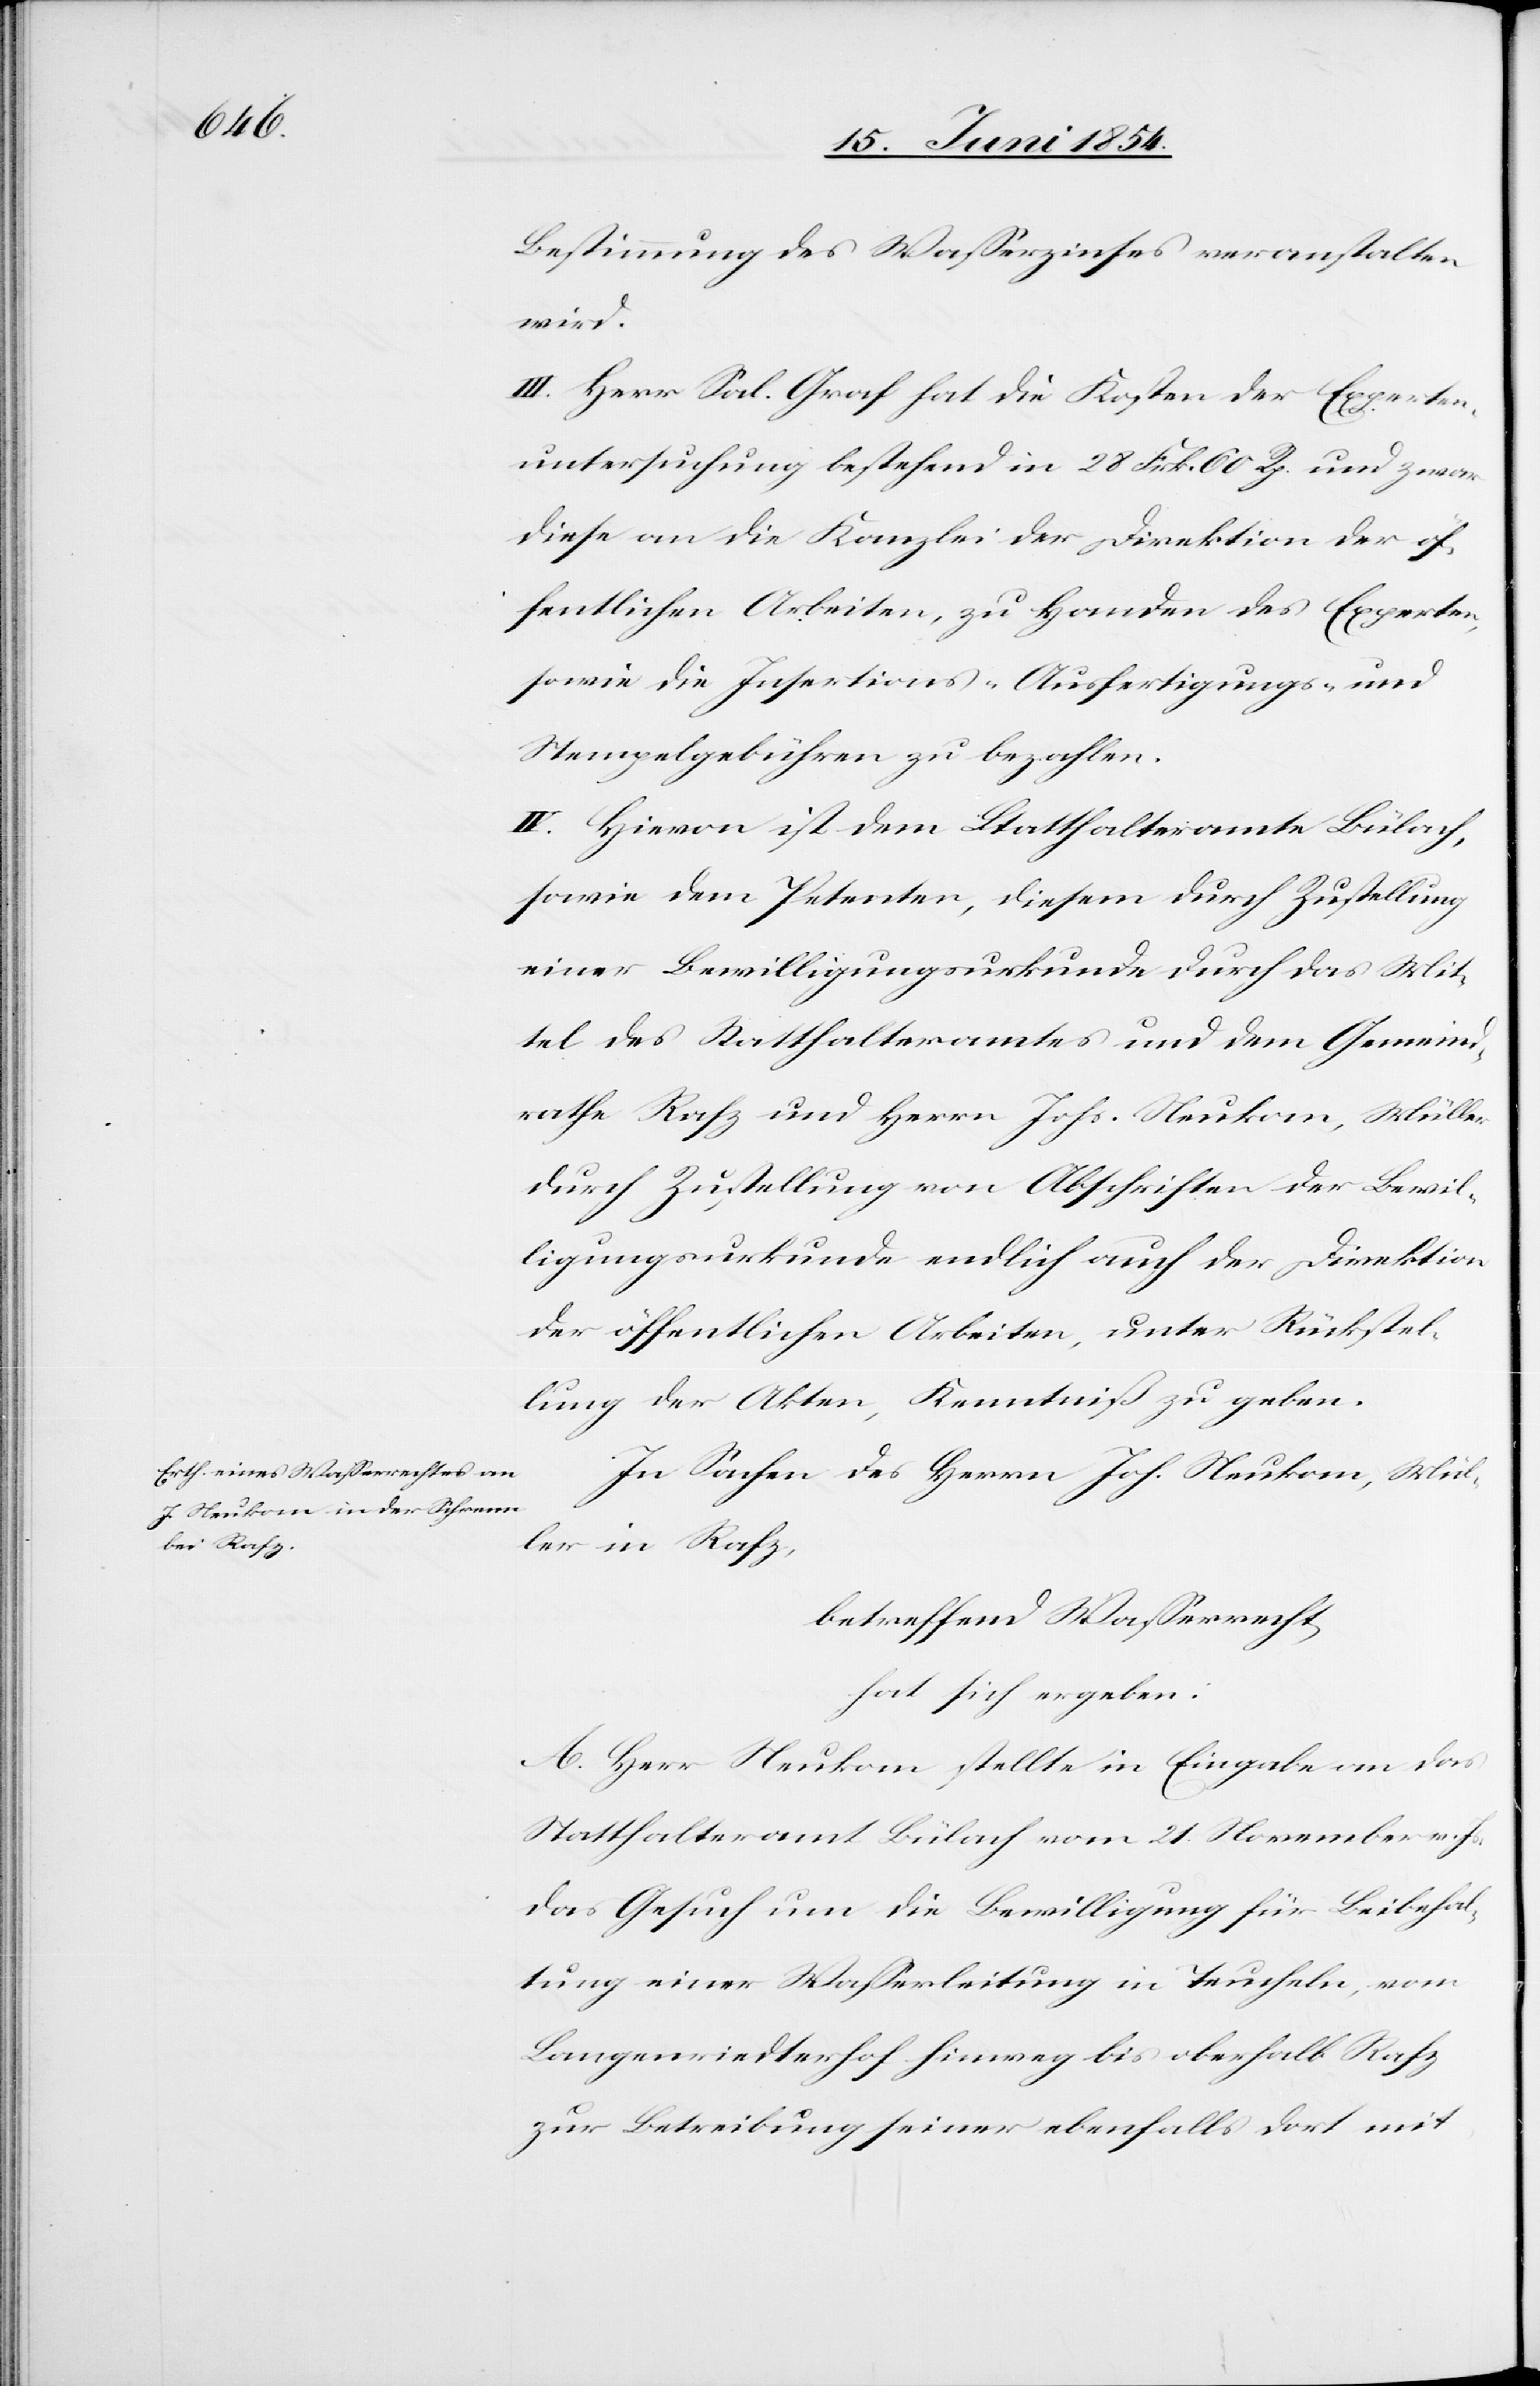
Bestimmung des Waßerzinses veranstalten
wird.
III. Herr Sal. Graf hat die Kosten der Experten¬
untersuchung bestehend in 28 Frk. 60 Rp. und zwar
diese an die Kanzlei der Direktion der öf¬
fentlichen Arbeiten, zu Handen des Experten,
sowie die Insertions-[,] Ausfertigungs- und
Stempelgebühren zu bezahlen.
IV. Hievon ist dem Statthalteramte Bülach,
sowie dem Petenten, diesem durch Zustellung
einer Bewilligungsurkunde durch das Mit¬
tel des Statthalteramtes und dem Gemeind¬
rathe Rafz und Herrn Johs. Neukom, Müller
durch Zustellung von Abschriften der Bewil¬
ligungsurkunde endlich auch der Direktion
der öffentlichen Arbeiten, unter Rückstel¬
lung der Akten, Kenntniß zu geben.
In Sachen des Herrn Joh. Neukom, Mül¬
ler in Rafz,
betreffend Waßerrecht,
hat sich ergeben:
A. Herr Neukom stellte in Eingabe an das
Statthalteramt Bülach vom 21. November v. Js.
das Gesuch um die Bewilligung für Beibehal¬
tung einer Waßerleitung in Teucheln, vom
Langenriedterhof hinweg bis oberhalb Rafz
zur Betreibung seiner ebenfalls dort mit